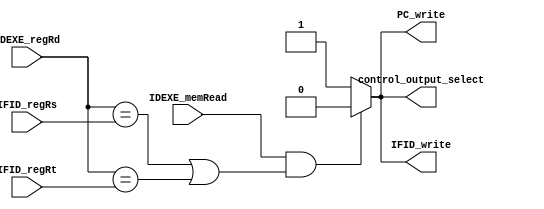
/***************************************************
Student Name:_
Student ID: group10_0711099_0810749
***************************************************/

module Hazard_detection(
input [4:0] IFID_regRs,
input [4:0] IFID_regRt,
input [4:0] IDEXE_regRd,
input IDEXE_memRead,
output reg PC_write,
output reg IFID_write,
output reg control_output_select
);

always@(*)begin
    if((IDEXE_memRead == 1'b1) && ((IDEXE_regRd == IFID_regRs)||(IDEXE_regRd == IFID_regRt)))begin
        PC_write <= 1'b0;
        IFID_write <= 1'b0;
        control_output_select <= 1'b0;
    end

    else begin
        PC_write <= 1'b1;
        IFID_write <= 1'b1;
        control_output_select <= 1'b1;
    end
end

endmodule